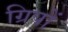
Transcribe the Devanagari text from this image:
ग्रिपों